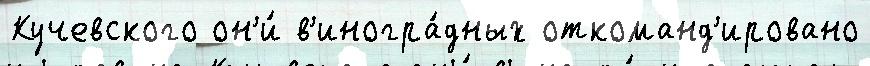
Кучевского он'и́ в'иногра́дных откоманд'ировано